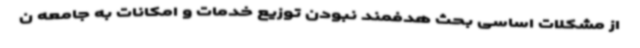
از مشکلات اساسی بحث هدفمند نبودن توزیع خدمات و امکانات به جامعه ن